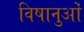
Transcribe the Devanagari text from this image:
विषानुओं